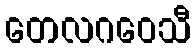
တေလဂဝေသီ